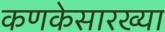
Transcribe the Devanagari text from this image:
कणकेसारख्या